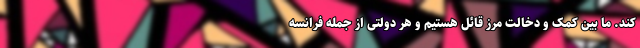
کند. ما بین کمک و دخالت مرز قائل هستیم و هر دولتی از جمله فرانسه